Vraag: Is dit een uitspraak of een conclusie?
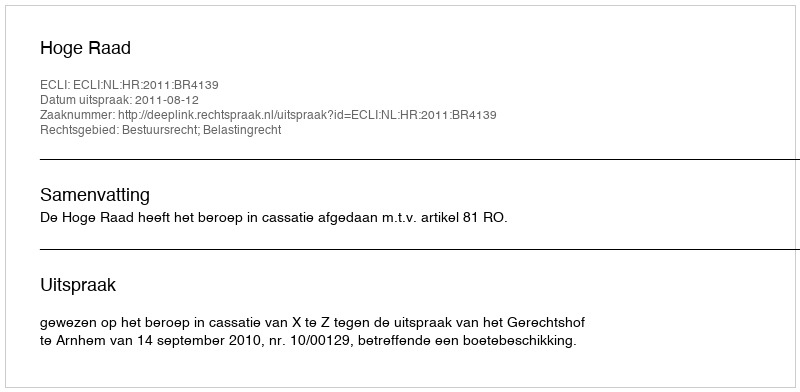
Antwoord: Uitspraak